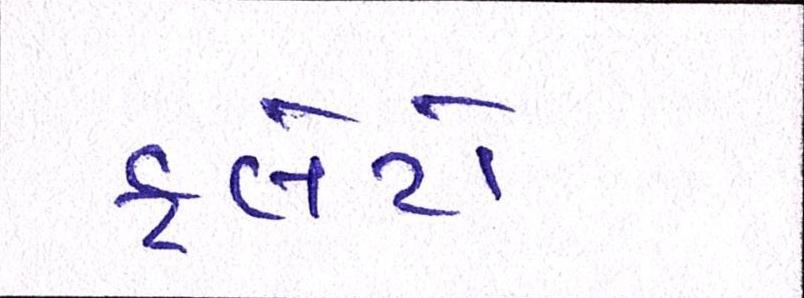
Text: ફ્લેટો